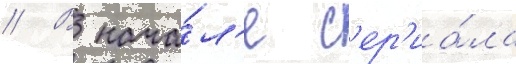
// В нача́л'е с'ер'иа́ла